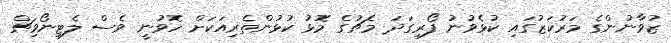
ޒުވާނުންގެ މަރުކަޒުގައި ކުޅެވުނު ފޯރިގަދަ މެޗުގެ މޮޅު ކުޅުންތެރިއަކަށް ހޮވުނީ ވެސް ލެޓިނޯވިޗް